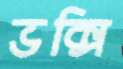
ভক্সি